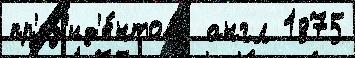
пр'ез'ид'е́нтов  англ 1875